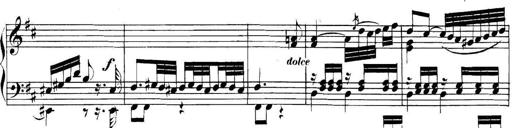
Title: Collected Piano Sonatas
Composer: Muzio Clementi